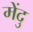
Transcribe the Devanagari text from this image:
मेंदु